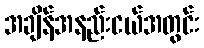
အချိန်အနည်းငယ်အတွင်း